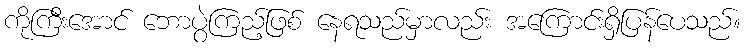
ကိုကြီးအောင် ဘောပွဲကြည့်ဖြစ် နေရသည်မှာလည်း အကြောင်းရှိပြန်ပေသည်။